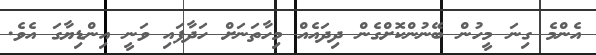
އެންމެ ގިނަ މީހުން ބޭނުންކޮށްގެން ދިދައެއް މިހާތަނަށް ހަދާފައި ވަނީ އިންޑިޔާގަ އެވެ.